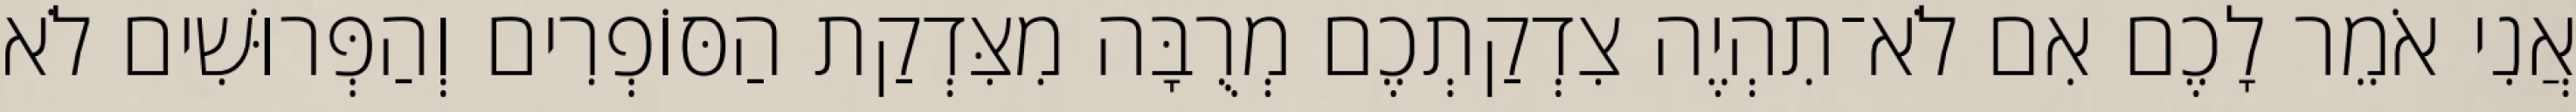
אֲנִי אֹמֵר לָכֶם אִם לֹא־תִהְיֶה צִדְקַתְכֶם מְרֻבָּה מִצִּדְקַת הַסּוֹפְרִים וְהַפְּרוּשִׁים לֹא